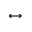
\leftrightarrow